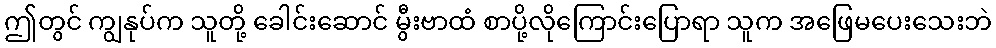
ဤတွင် ကျွနုပ်က သူတို့ ခေါင်းဆောင် မွီးဗာထံ စာပို့လိုကြောင်းပြောရာ သူက အဖြေမပေးသေးဘဲ